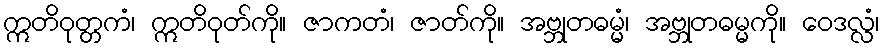
ဣတိဝုတ္တကံ၊ ဣတိဝုတ်ကို။ ဇာကတံ၊ ဇာတ်ကို။ အဗ္ဘုတဓမ္မံ၊ အဗ္ဘုတဓမ္မကို။ ဝေဒလ္လံ၊